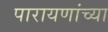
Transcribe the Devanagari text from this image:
पारायणांच्या